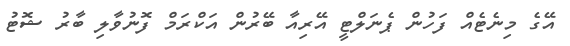
އޭގެ މިނެޓެއް ފަހުން ޕެނަލްޓީ އޭރިއާ ބޭރުން އަކްރަމް ފޮނުވާލި ބާރު ޝޮޓު